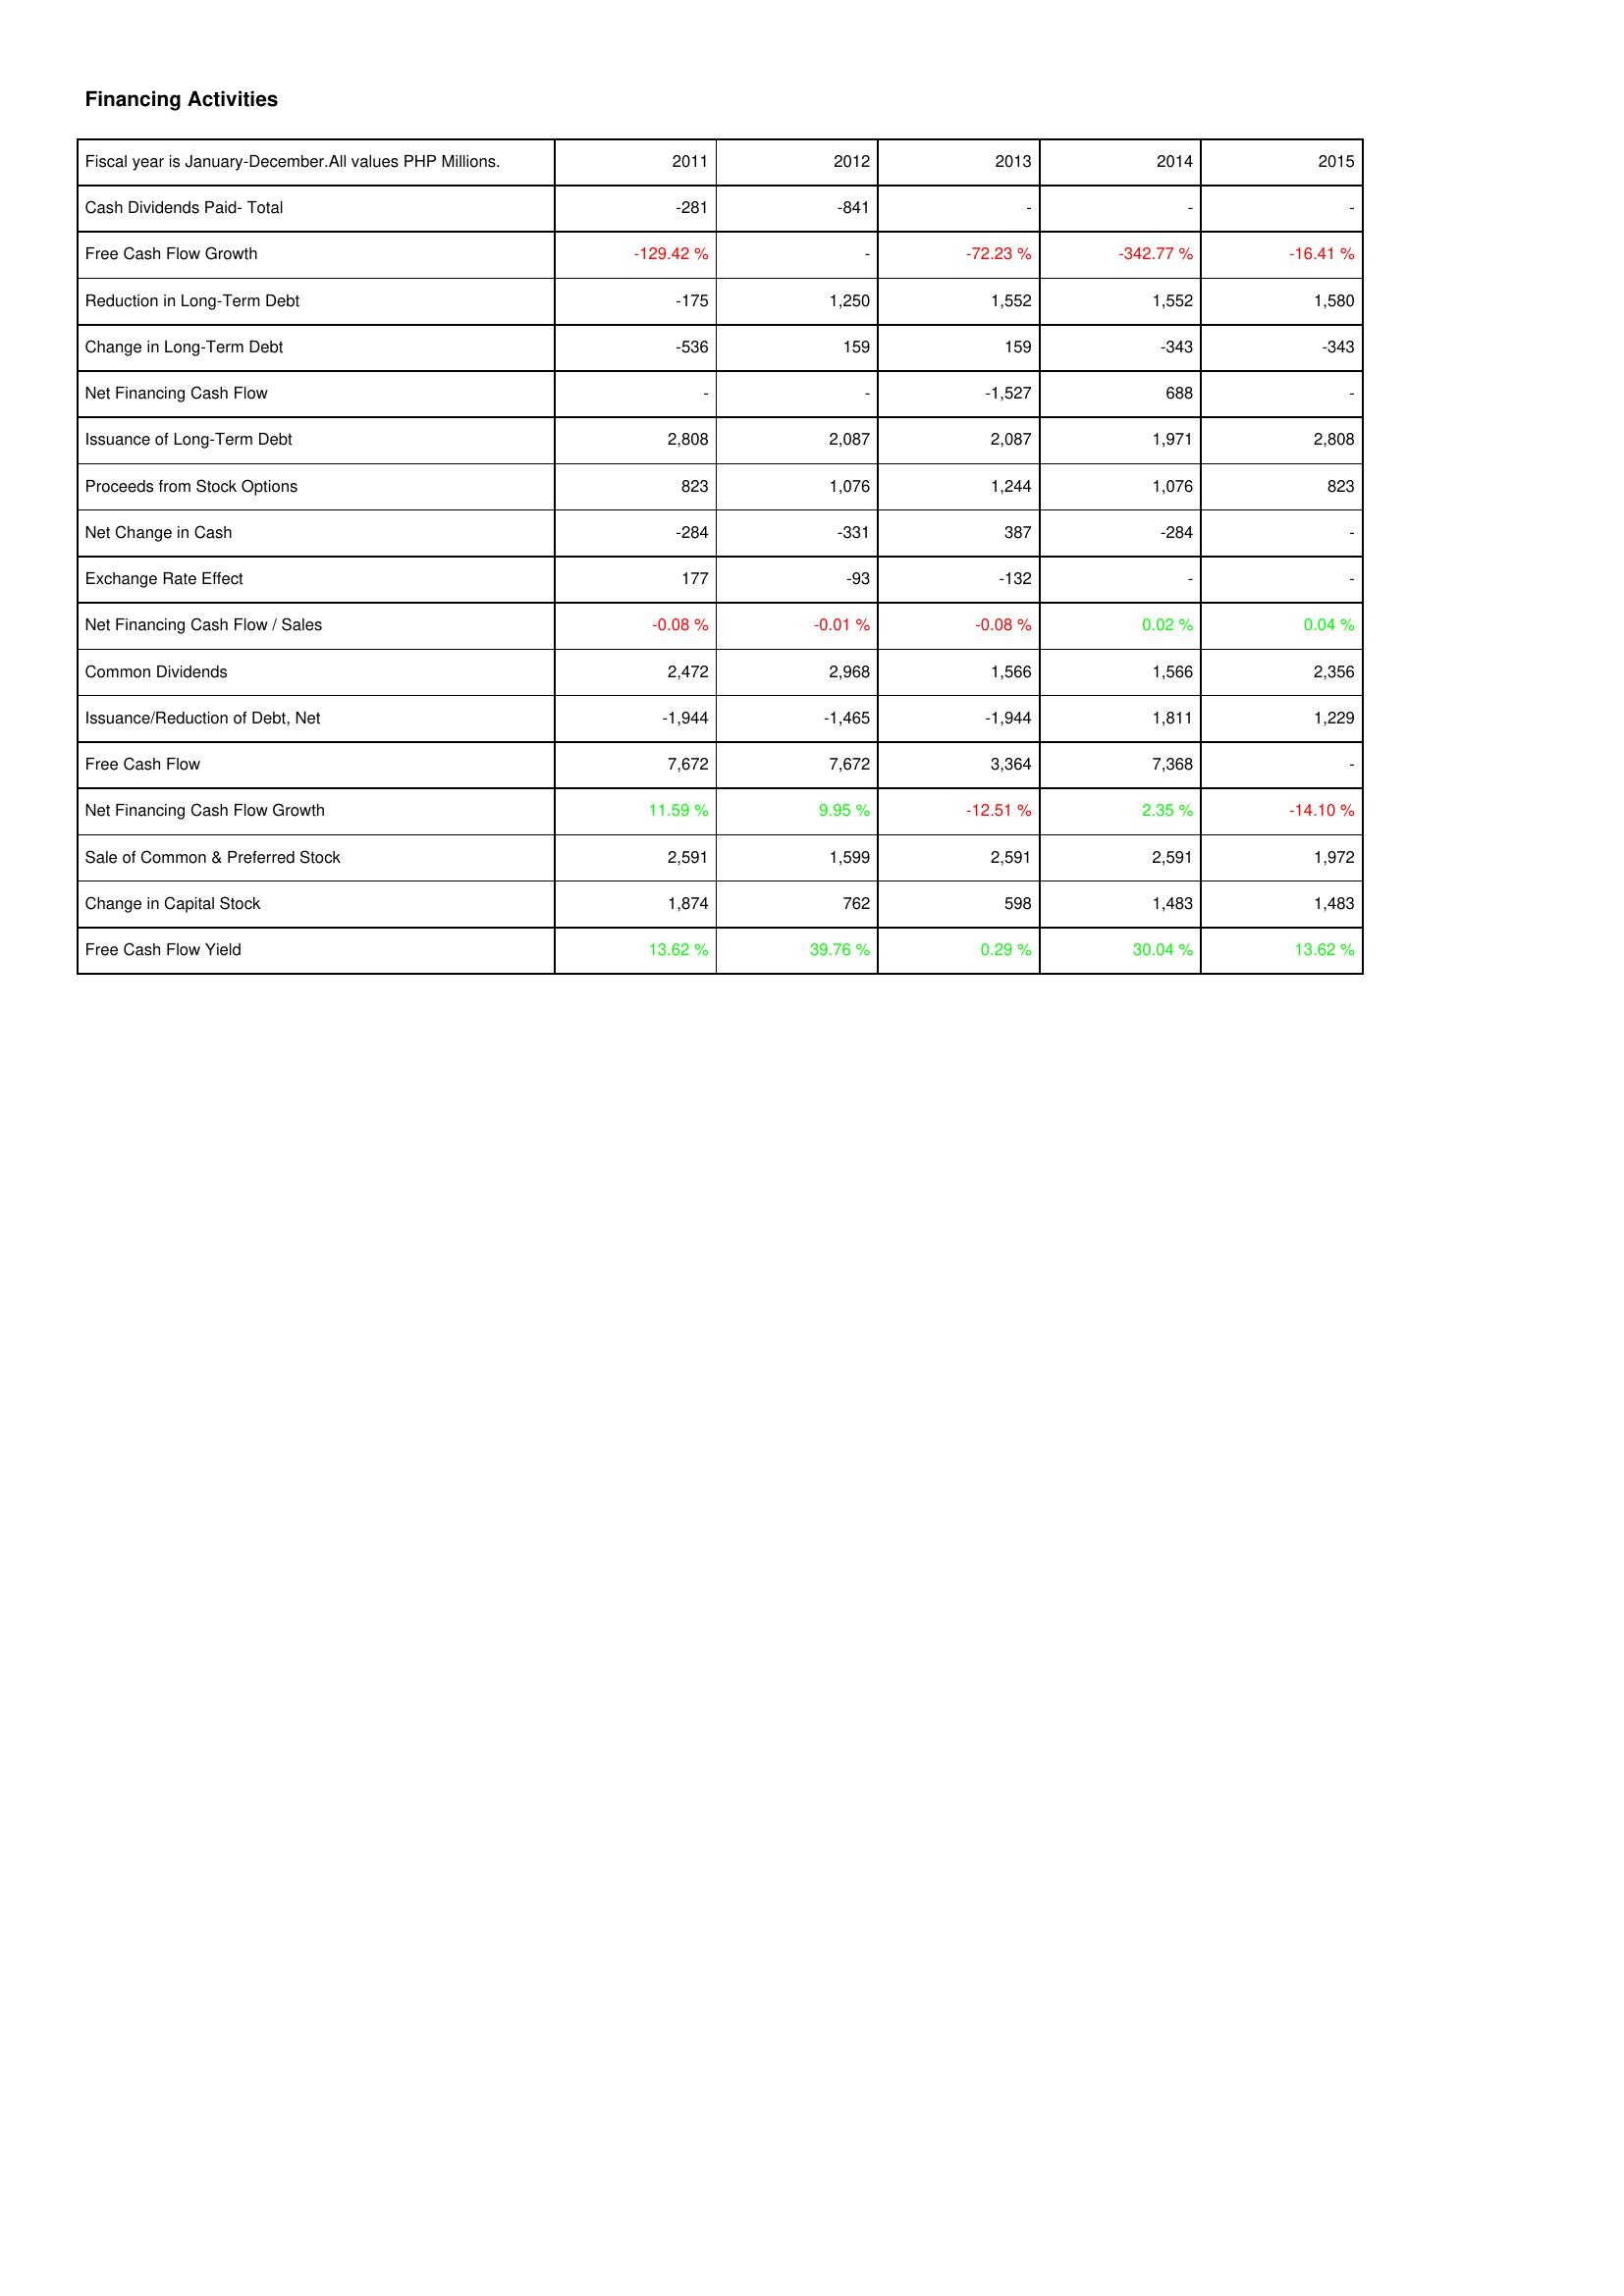
2011: Financing Activities: Cash Dividends Paid- Total: -281
Free Cash Flow Growth: -129.42 %
Reduction in Long-Term Debt: -175
Change in Long-Term Debt: -536
Net Financing Cash Flow: -
Issuance of Long-Term Debt: 2,808
Proceeds from Stock Options: 823
Net Change in Cash: -284
Exchange Rate Effect: 177
Net Financing Cash Flow / Sales: -0.08 %
Common Dividends: 2,472
Issuance/Reduction of Debt, Net: -1,944
Free Cash Flow: 7,672
Net Financing Cash Flow Growth: 11.59 %
Sale of Common & Preferred Stock: 2,591
Change in Capital Stock: 1,874
Free Cash Flow Yield: 13.62 %
2012: Financing Activities: Cash Dividends Paid- Total: -841
Free Cash Flow Growth: -
Reduction in Long-Term Debt: 1,250
Change in Long-Term Debt: 159
Net Financing Cash Flow: -
Issuance of Long-Term Debt: 2,087
Proceeds from Stock Options: 1,076
Net Change in Cash: -331
Exchange Rate Effect: -93
Net Financing Cash Flow / Sales: -0.01 %
Common Dividends: 2,968
Issuance/Reduction of Debt, Net: -1,465
Free Cash Flow: 7,672
Net Financing Cash Flow Growth: 9.95 %
Sale of Common & Preferred Stock: 1,599
Change in Capital Stock: 762
Free Cash Flow Yield: 39.76 %
2013: Financing Activities: Cash Dividends Paid- Total: -
Free Cash Flow Growth: -72.23 %
Reduction in Long-Term Debt: 1,552
Change in Long-Term Debt: 159
Net Financing Cash Flow: -1,527
Issuance of Long-Term Debt: 2,087
Proceeds from Stock Options: 1,244
Net Change in Cash: 387
Exchange Rate Effect: -132
Net Financing Cash Flow / Sales: -0.08 %
Common Dividends: 1,566
Issuance/Reduction of Debt, Net: -1,944
Free Cash Flow: 3,364
Net Financing Cash Flow Growth: -12.51 %
Sale of Common & Preferred Stock: 2,591
Change in Capital Stock: 598
Free Cash Flow Yield: 0.29 %
2014: Financing Activities: Cash Dividends Paid- Total: -
Free Cash Flow Growth: -342.77 %
Reduction in Long-Term Debt: 1,552
Change in Long-Term Debt: -343
Net Financing Cash Flow: 688
Issuance of Long-Term Debt: 1,971
Proceeds from Stock Options: 1,076
Net Change in Cash: -284
Exchange Rate Effect: -
Net Financing Cash Flow / Sales: 0.02 %
Common Dividends: 1,566
Issuance/Reduction of Debt, Net: 1,811
Free Cash Flow: 7,368
Net Financing Cash Flow Growth: 2.35 %
Sale of Common & Preferred Stock: 2,591
Change in Capital Stock: 1,483
Free Cash Flow Yield: 30.04 %
2015: Financing Activities: Cash Dividends Paid- Total: -
Free Cash Flow Growth: -16.41 %
Reduction in Long-Term Debt: 1,580
Change in Long-Term Debt: -343
Net Financing Cash Flow: -
Issuance of Long-Term Debt: 2,808
Proceeds from Stock Options: 823
Net Change in Cash: -
Exchange Rate Effect: -
Net Financing Cash Flow / Sales: 0.04 %
Common Dividends: 2,356
Issuance/Reduction of Debt, Net: 1,229
Free Cash Flow: -
Net Financing Cash Flow Growth: -14.10 %
Sale of Common & Preferred Stock: 1,972
Change in Capital Stock: 1,483
Free Cash Flow Yield: 13.62 %